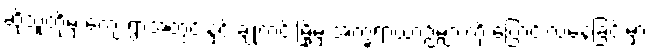
ဆိုသူတို့မှ ကျေးရွာအတွင်းနှင့် ချုံကင်းမြို့မှ အက္ခရာယာဉ်များကို ပြောင်းလဲနေခြင်းမှာ